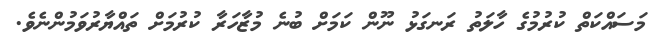
މަސައްކަތް ކުރުމުގެ ހާލަތު ރަނގަޅު ނޫން ކަމަށް ބުނެ މުޒާހަރާ ކުރުމަށް ތައްޔާރުވަމުންނެވެ.